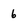
Character: 6